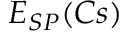
E _ { S P } ( C s )